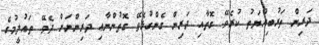
ދަރިން ތަރުބިއްޔަތު ކުރެވޭ ގޮތާއި ދަރިން ގެންގުޅެވޭ ގޮތުންނާޢި ދަރިންނަށް ދެވޭ ތައުލީމުގެ